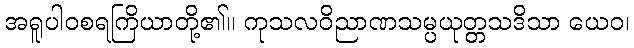
အရူပါဝစရကြိယာတို့၏။ ကုသလဝိညာဏသမ္ပယုတ္တသဒိသာ ယေဝ၊